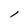
Character: l